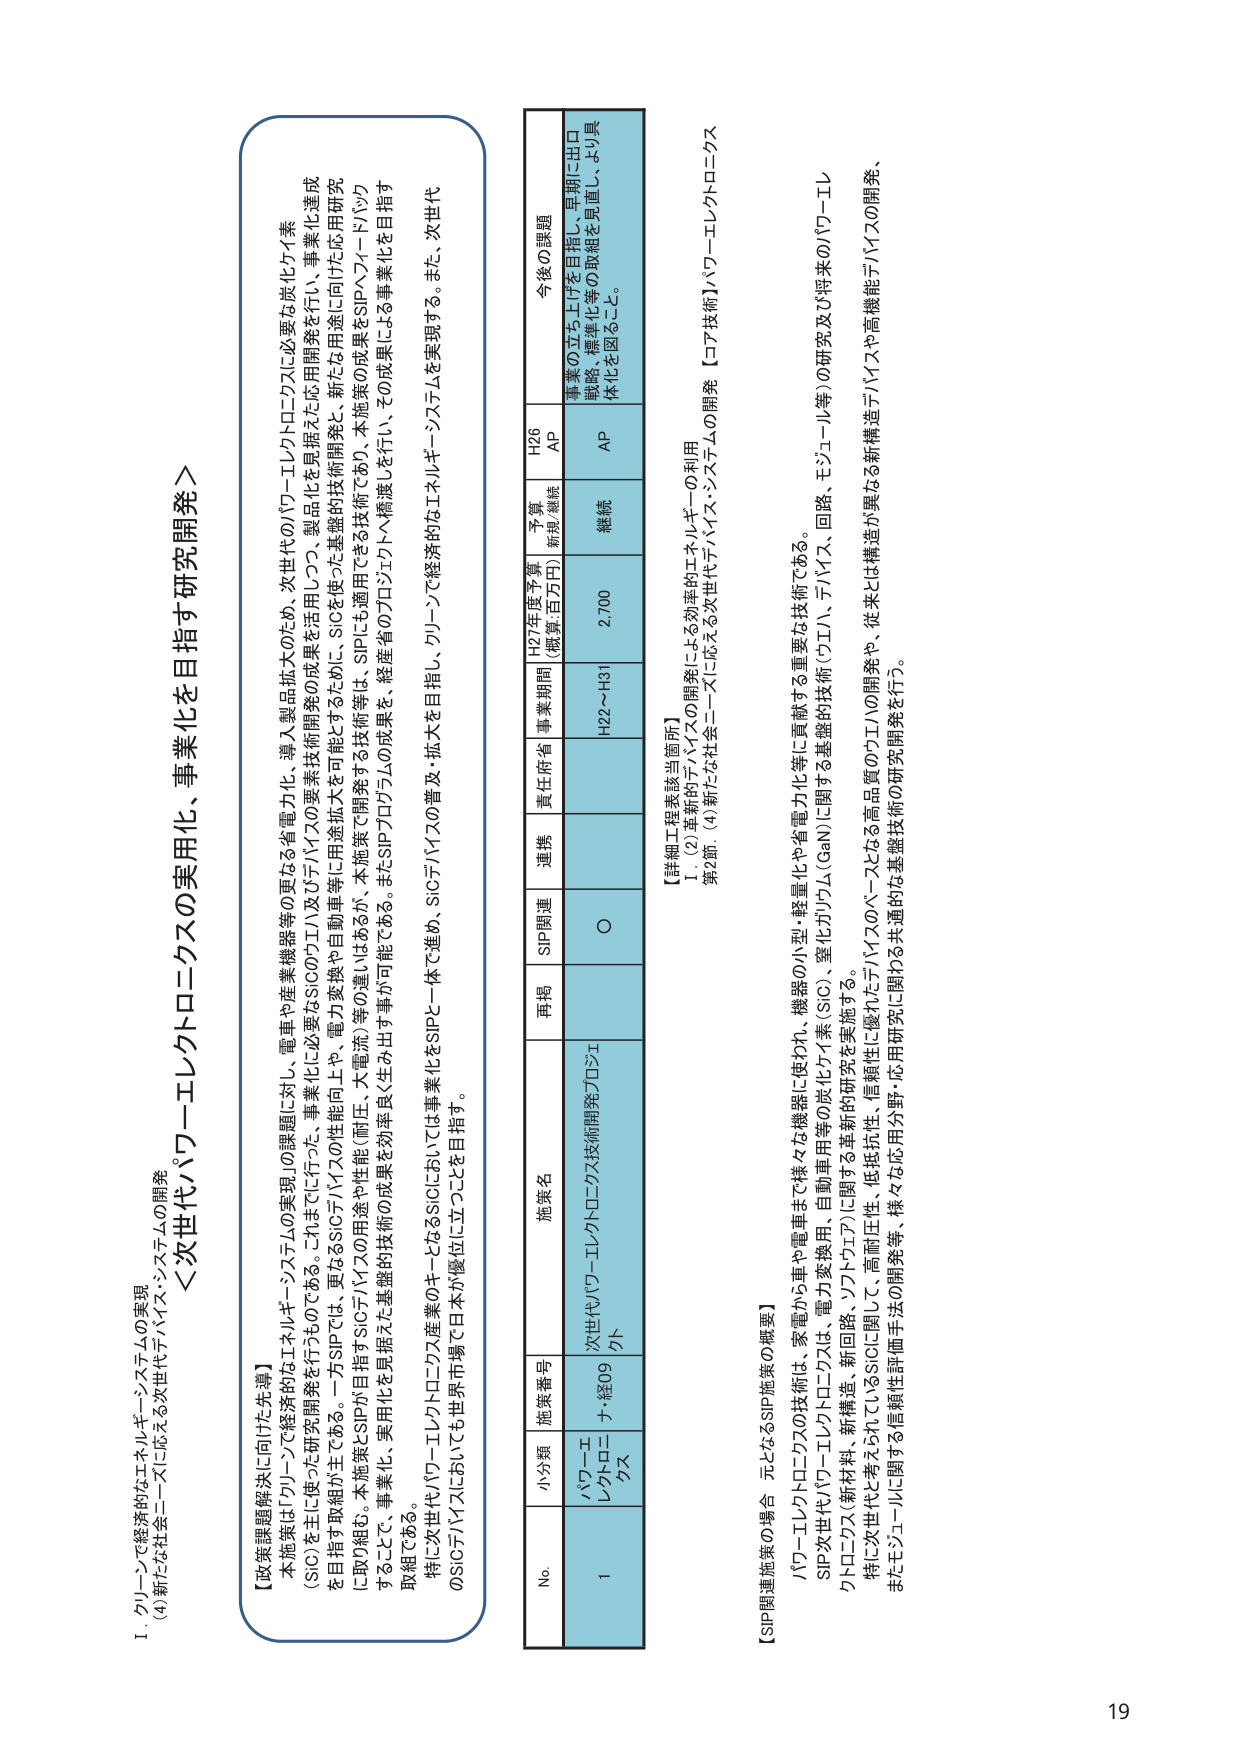
I. クリーンで経済的なエネルギー・システムの実現
(4) 新たな社会ニーズに応える次世代テハバイス・システムの開発

＜次世代パワーエレクトロニクスの実用化、事業化を目指す研究開発＞

【政策課題解決に向けた先導】
本施策は「クリーンで経済的なエネルギー・システムの実現」の課題に対し、電車や産業機器等の更なる省電力化、導入製品拡大のため、次世代のパワーエレクトロニクスに必要な炭化ケイ素（SiC）を主に使った研究開発を行うものである。これまでに行った、事業化に必要なSiCのウエハ及びデバイスの要素技術開発の成果を活用しつつ、製品化を見据えた応用開発を行い、事業化達成を目指す取組が主である。一方SIPでは、更なるSiCデバイスの性能向上や、電力変換や自動車等に用途拡大を可能とするために、SiCを使った基盤的技術開発と、新たな用途に向けた応用研究に取り組む。本施策とSIPが目指すSiCデバイスの用途や性能（耐圧、大電流）等の違いはあるが、本施策で開発する技術は、SIPにも適用できる技術であり、本施策の成果をSIPへフィードバックすることで、事業化、実用化を見据えた基盤的技術の成果を効率良く生み出す事が可能である。またSIPプロジェクトの成果を、経産省のプロジェクトへ橋渡しを行い、その成果による事業化を目指す取組である。
特に次世代パワーエレクトロニクス産業のキーとなるSiCにおいては事業化をSIPと一体で進め、SiCデバイスの普及・拡大を目指し、クリーンで経済的なエネルギー・システムを実現する。また、次世代のSiCデバイスにおいても世界市場で日本が優位に立つことを目指す。

No. 小分類 施策番号 施策名 再掲 SIP関連 連携 責任府省 事業期間 H27年度予算（概算・百万円） 予算 無視/継続 H26 AP 今後の課題
1 パワーエレクトロニクス ナ・経09 次世代パワーエレクトロニクス技術開発プロジェクト ○ H22～H31 2,700 継続 AP 事業の立ち上げを目指し、早期に出口戦略、標準化等の取組を実施し、より具体化を図ること。

【詳細工程表該当箇所】
Ⅰ. (2) 革新的デバイスの開発による効率的エネルギーの利用
第2節. (4) 新たな社会ニーズに応える次世代デバイス・システムの開発 【コア技術】パワーエレクトロニクス

【SIP関連施策の場合 元となるSIP施策の概要】
パワーエレクトロニクス技術は、家電から電車まで様々な機器に使われ、機器の小型・軽量化や省電力化等に貢献する重要な技術である。
SIP次世代パワーエレクトロニクスは、電力変換用、自動車用等の炭化ケイ素（SiC）、窒化ガリウム（GaN）に関する基盤的技術（ウエハ、デバイス、回路、モジュール等）の研究及び将来のパワーエレクトロニクス（新材料、新構造、新回路、ソフトウェア）に関する革新的研究を実施する。
特に次世代と考えられているSiCに関して、高耐圧性、低抵抗性、信頼性に優れたデバイスのベースとなる高品質ウエハの開発や、従来とは構造が異なる新構造デバイスや高機能デバイスの開発、またモジュールに関する信頼性評価手法の開発等、様々な応用分野・応用研究に関わる共通的な基盤技術の研究開発を行う。

19